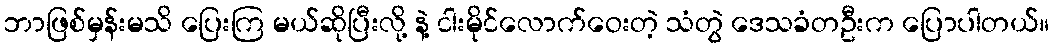
ဘာဖြစ်မှန်းမသိ ပြေးကြ မယ်ဆိုပြီးလို့ နဲ့ ငါးမိုင်လောက်ဝေးတဲ့ သံတွဲ ဒေသခံတဦးက ပြောပါတယ်။